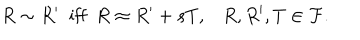
LaTeX: R \sim R ^ { \prime } \; \mathrm { ~ i f f ~ } \; R \approx R ^ { \prime } + s T , R , R ^ { \prime } , T \in { \cal F } .